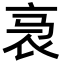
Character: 𬡇